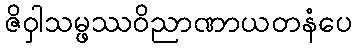
ဇိဝှါသမ္ဖဿဝိညာဏာယတနံပေ